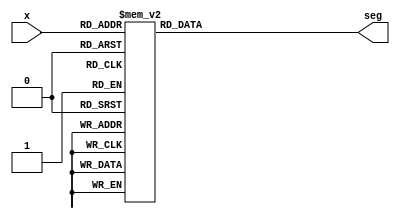
`timescale 1ns / 1ps
//////////////////////////////////////////////////////////////////////////////////
// Student: Tawseef Patel 101145333
// 
// Design Name: bcdto7segment_dataflow.v
// Module Name: bcdto7segment_dataflow
// Project Name: Lab2_2_1
//
//////////////////////////////////////////////////////////////////////////////////

module bcdto7segment_dataflow (
    input [3:0] x,
    output reg [6:0] seg
);

always@(*)
begin
    case(x)
        4'b0000 : seg = 7'b1000000;
        4'b0001 : seg = 7'b1111001;
        4'b0010 : seg = 7'b0100100;
        4'b0011 : seg = 7'b0110000;
        4'b0100 : seg = 7'b0011001;
        4'b0101 : seg = 7'b0010010;
        4'b0100 : seg = 7'b0000010;
        4'b0110 : seg = 7'b0000010;
        4'b0111 : seg = 7'b1111000;
        4'b1000 : seg = 7'b0000000;
        4'b1001 : seg = 7'b0010000;
        default : seg = 7'b1111001; // letter E for error
    endcase 
end

endmodule